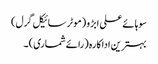
سوہائے علی ابڑو (موٹر سائیکل گرل)
بہترین اداکارہ (رائے شماری) ۔